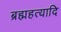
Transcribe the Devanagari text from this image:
ब्रह्महत्यादि